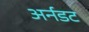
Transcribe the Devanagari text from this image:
अर्नडट